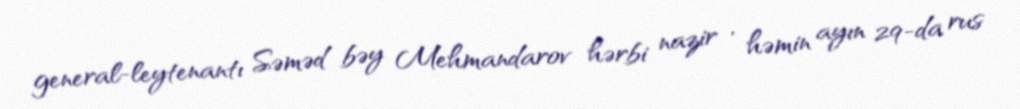
general-leytenantı Səməd bəy Mehmandarov hərbi nazir , həmin ayın 29-da rus